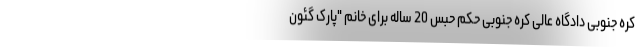
کره جنوبی دادگاه عالی کره جنوبی حکم حبس 20 ساله برای خانم "پارک گئون